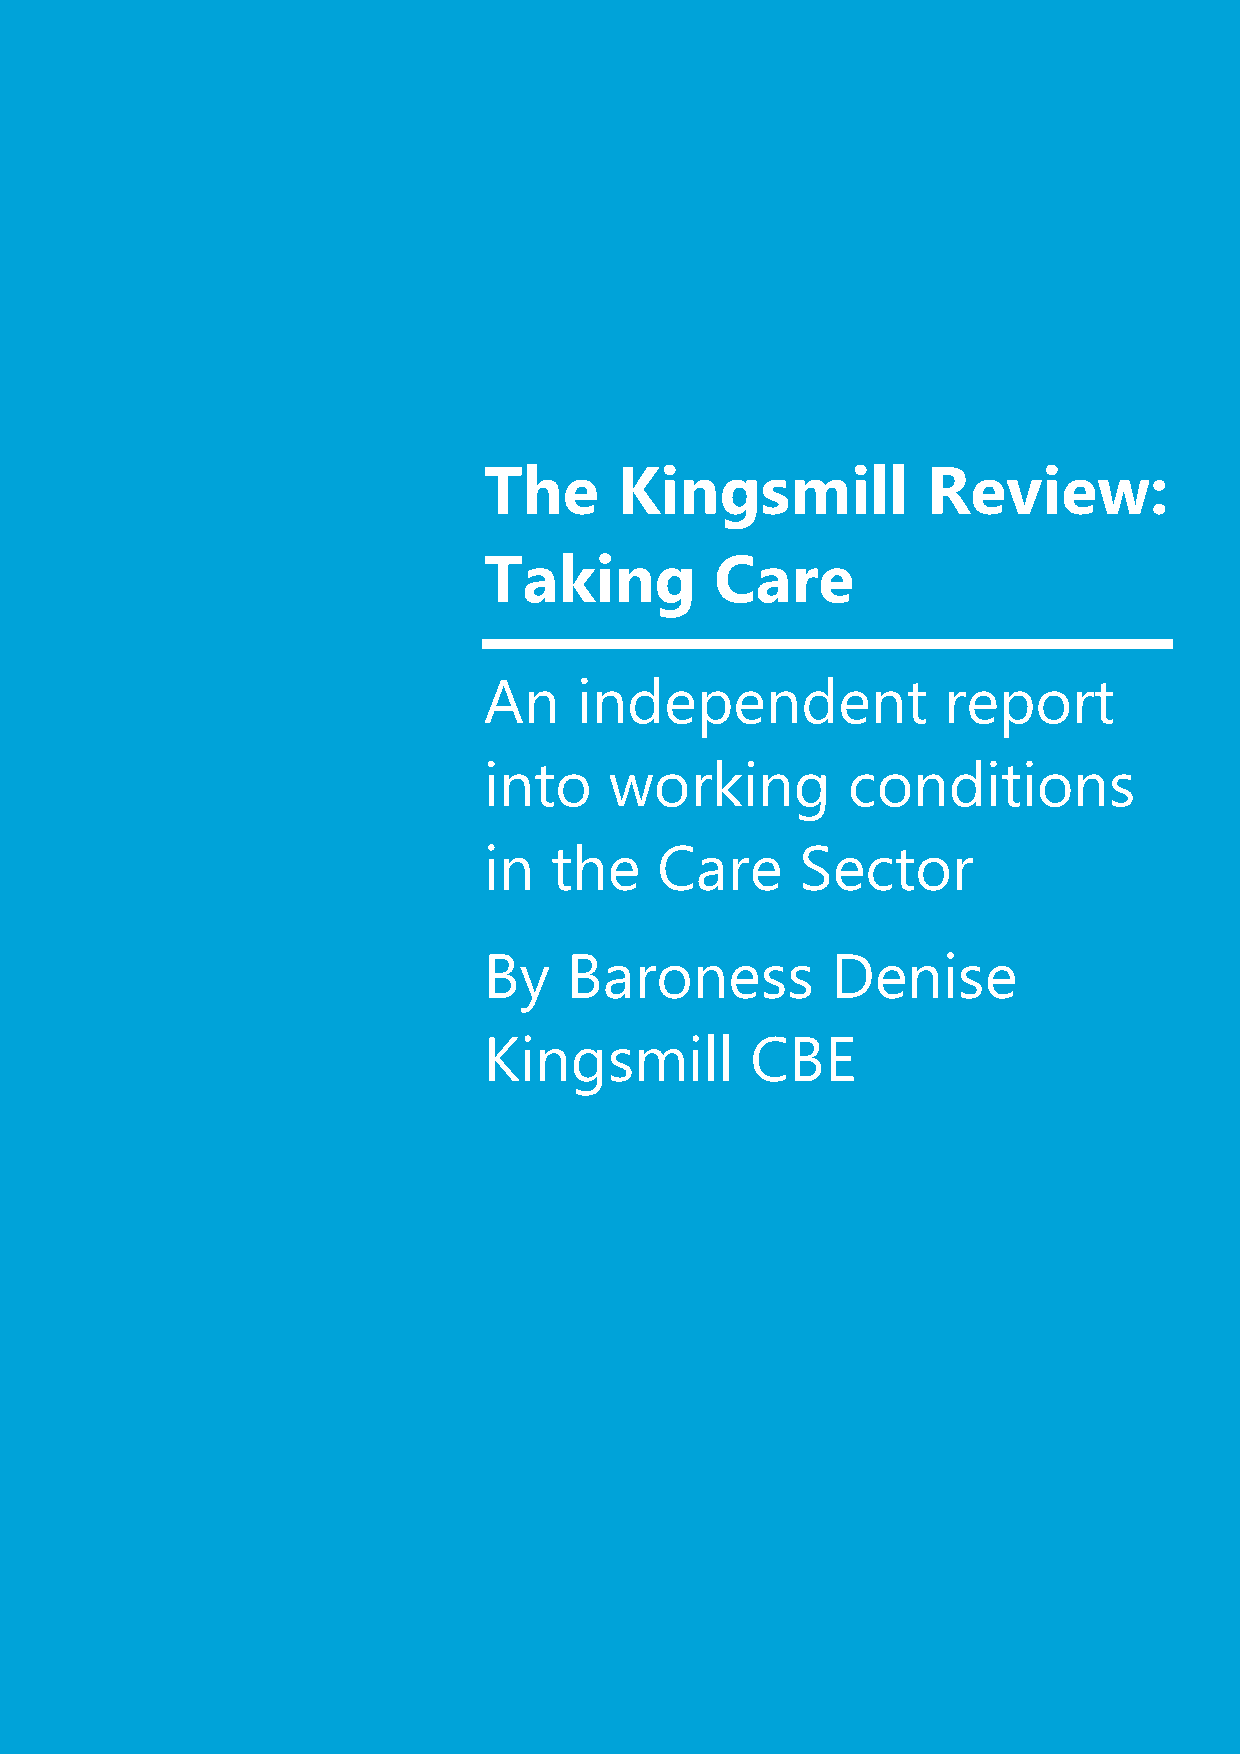
The      Kingsmill           Review:
 Taking         Care
 An    independent             report
 into    working         conditions
 in  the    Care      Sector
 By    Baroness         Denise
 Kingsmill         CBE